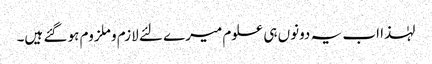
لہٰذا اب یہ دونوں ہی علوم میرے لئے لازم و ملزوم ہو گئے ہیں۔